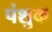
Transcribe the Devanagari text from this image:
पंशुक